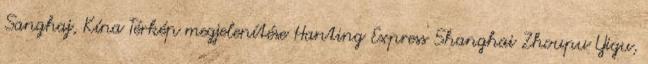
Sanghaj, Kína Térkép megjelenítése Hanting Express Shanghai Zhoupu Yigu,